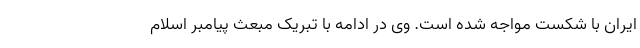
ایران با شکست مواجه شده است. وی در ادامه با تبریک مبعث پیامبر اسلام